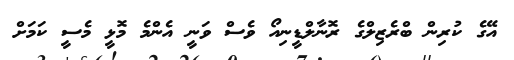
އޭގެ ކުރިން ބްރެޒިލްގެ ރޮނާލްޑީނިއޯ ވެސް ވަނީ އެންމެ މޮޅީ މެސީ ކަމަށް